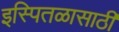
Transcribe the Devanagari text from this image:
इस्पितळासाठी